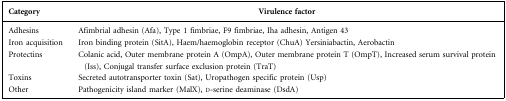
| Category | Virulence factor |
 | --- | --- |
 | Adhesins | Afimbrial adhesin (Afa), Type 1 fimbriae, F9 fimbriae, Iha adhesin, Antigen 43 |
 | Iron acquisition | Iron binding protein (SitA), Haem/haemoglobin receptor (ChuA) Yersiniabactin, Aerobactin |
 | Protectins | Colanic acid, Outer membrane protein A (OmpA), Outer membrane protein T (OmpT), Increased serum survival protein (Iss), Conjugal transfer surface exclusion protein (TraT) |
 | Toxins | Secreted autotransporter toxin (Sat), Uropathogen specific protein (Usp) |
 | Other | Pathogenicity island marker (MalX), d-serine deaminase (DsdA) |